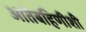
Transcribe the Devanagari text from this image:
आतेबहिणीशी